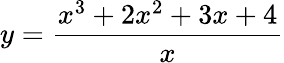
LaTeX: y={\frac{x^{3}+2x^{2}+3x+4}{x}}